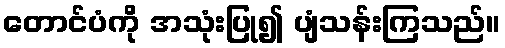
တောင်ပံကို အသုံးပြု၍ ပျံသန်းကြသည်။